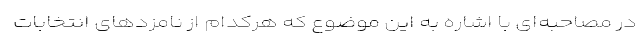
در مصاحبه‌ای با اشاره به این موضوع که هرکدام از نامزدهای انتخابات